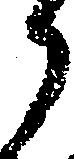
々